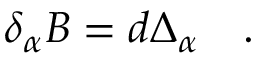
\quad \delta _ { \alpha } B = d \Delta _ { \alpha } \quad .